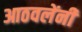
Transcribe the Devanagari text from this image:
आठवलेंनी